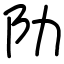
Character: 阞